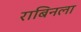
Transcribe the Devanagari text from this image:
राबिनला